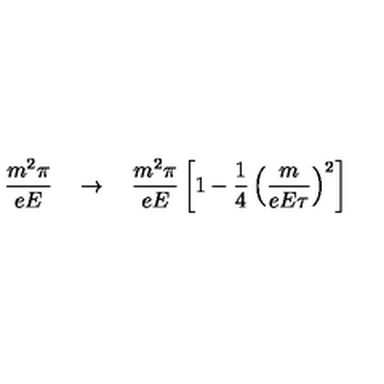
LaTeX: \frac { m ^ { 2 } \pi } { e E } \quad \to \quad \frac { m ^ { 2 } \pi } { e E } \left[ 1 - \frac { 1 } { 4 } \left( \frac { m } { e E \tau } \right) ^ { 2 } \right]